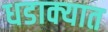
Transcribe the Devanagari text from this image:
धडाक्‍यात